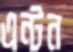
এন্টন